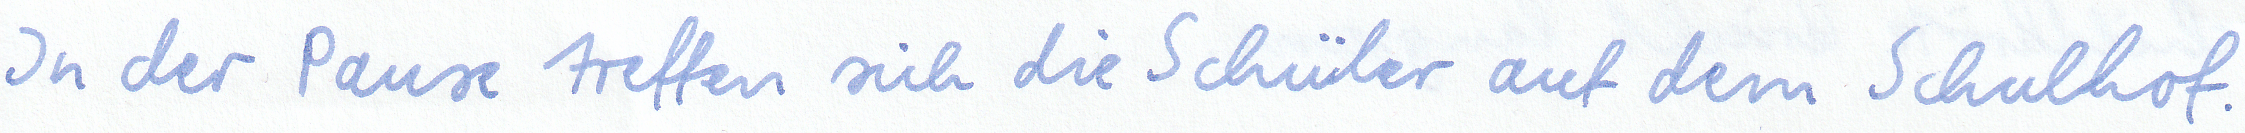
In der Pause treffen sich die Schüler auf dem Schulhof.